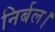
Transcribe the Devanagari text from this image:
निर्बल।